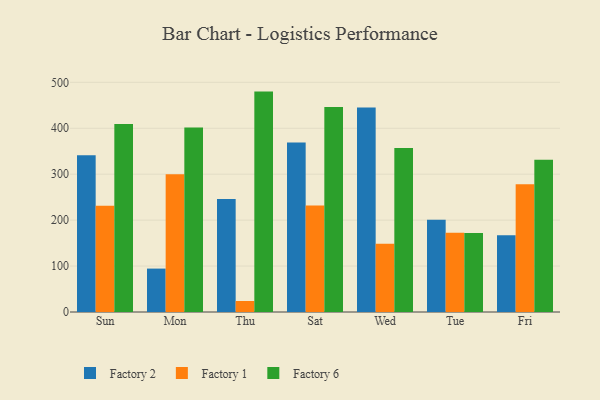
{"axis": {"x": "Day", "y": "Conversion Rate (%)"}, "legend": ["Factory 1", "Factory 2", "Factory 6"], "data": [{"x": "Sun", "y": 341.1, "type": "Factory 2"}, {"x": "Sun", "y": 231.3, "type": "Factory 1"}, {"x": "Sun", "y": 409.1, "type": "Factory 6"}, {"x": "Mon", "y": 94.5, "type": "Factory 2"}, {"x": "Mon", "y": 299.8, "type": "Factory 1"}, {"x": "Mon", "y": 401.9, "type": "Factory 6"}, {"x": "Thu", "y": 245.9, "type": "Factory 2"}, {"x": "Thu", "y": 24.0, "type": "Factory 1"}, {"x": "Thu", "y": 479.8, "type": "Factory 6"}, {"x": "Sat", "y": 369.0, "type": "Factory 2"}, {"x": "Sat", "y": 232.0, "type": "Factory 1"}, {"x": "Sat", "y": 446.3, "type": "Factory 6"}, {"x": "Wed", "y": 445.4, "type": "Factory 2"}, {"x": "Wed", "y": 148.4, "type": "Factory 1"}, {"x": "Wed", "y": 357.0, "type": "Factory 6"}, {"x": "Tue", "y": 200.6, "type": "Factory 2"}, {"x": "Tue", "y": 172.6, "type": "Factory 1"}, {"x": "Tue", "y": 171.9, "type": "Factory 6"}, {"x": "Fri", "y": 166.9, "type": "Factory 2"}, {"x": "Fri", "y": 278.1, "type": "Factory 1"}, {"x": "Fri", "y": 331.3, "type": "Factory 6"}]}